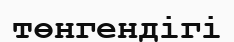
төнгендігі